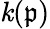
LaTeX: \mathit{k}({\mathfrak{{p}}})